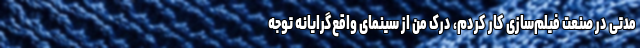
مدتی در صنعت فیلم‌سازی کار کردم، درک من از سینمای واقع‌گرایانه توجه